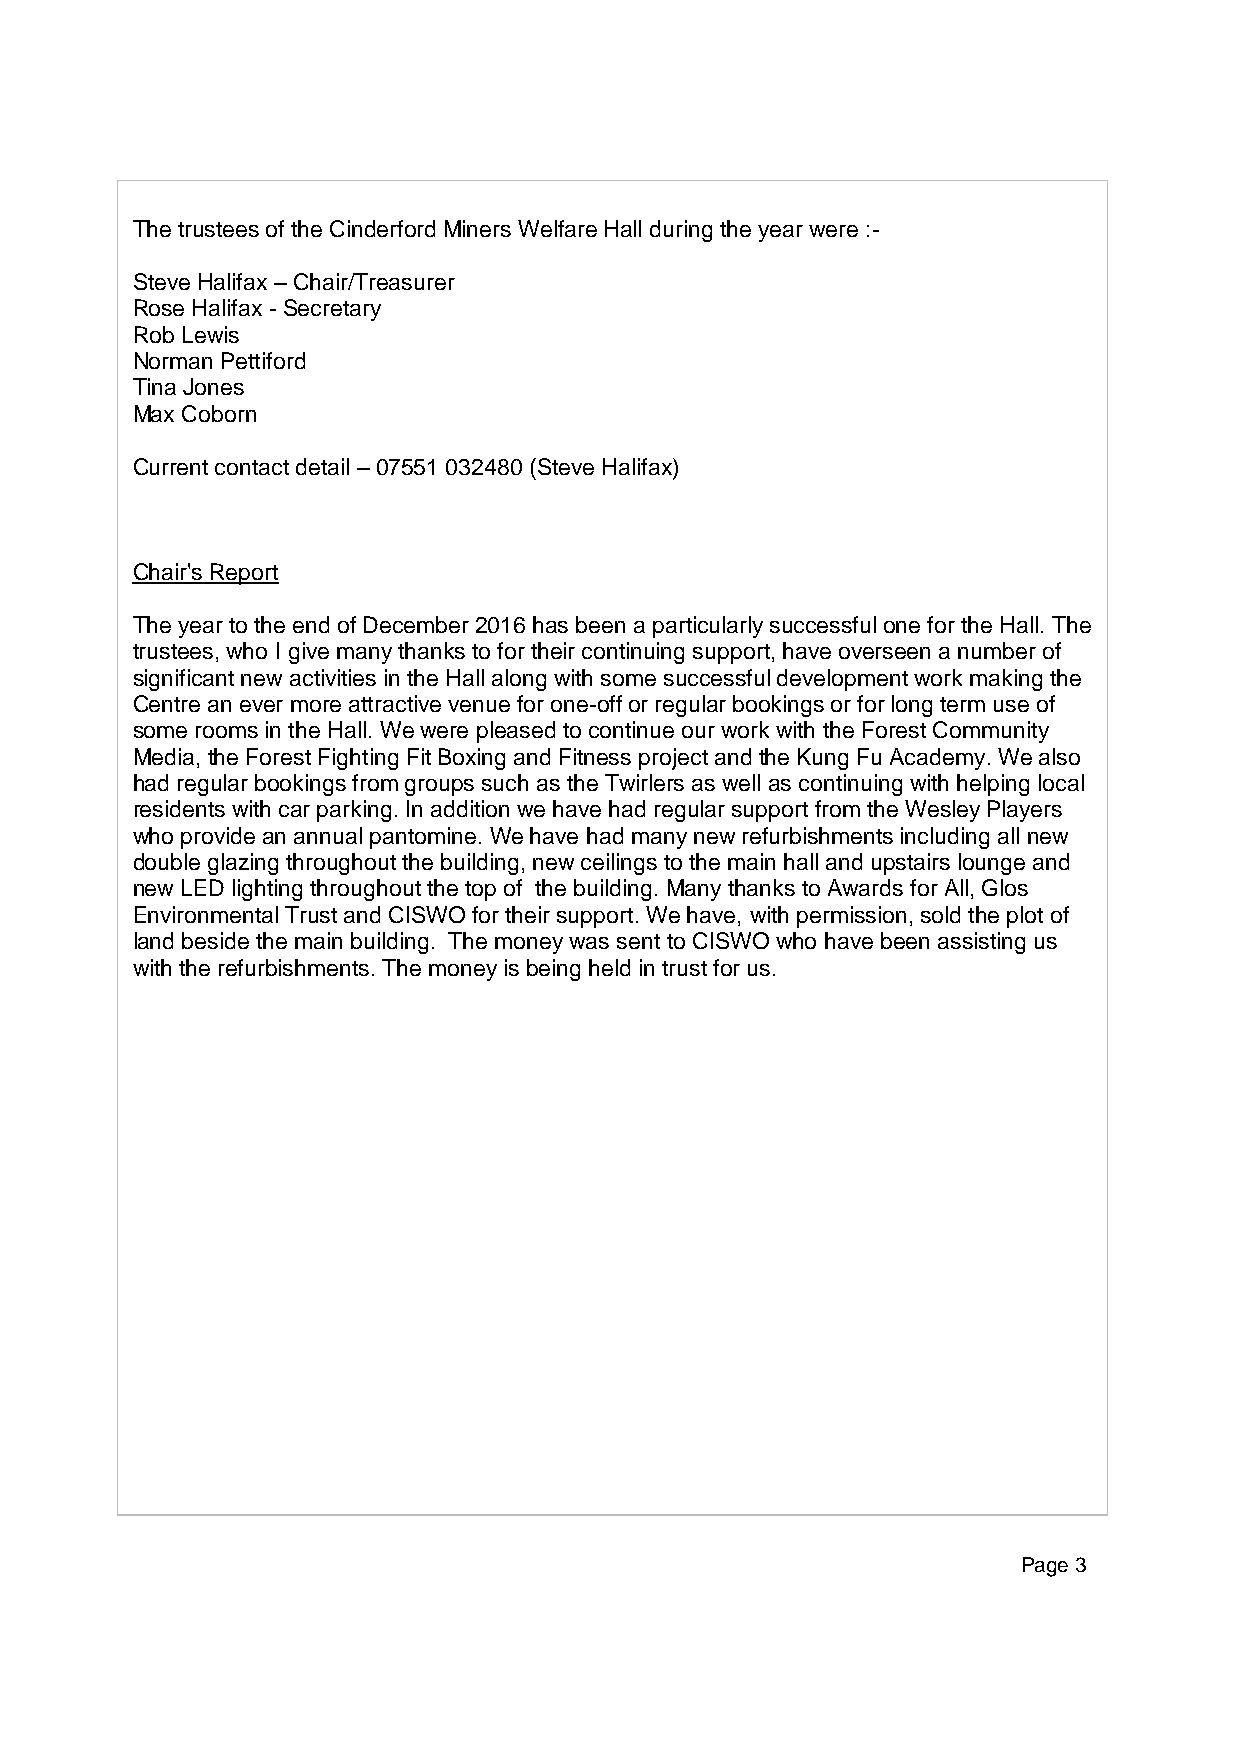
The trustees of the Cinderford Miners Welfare Hall during the year were :-
 Steve Halifax –Chair/Treasurer
 Rose Halifax - Secretary
 Rob Lewis
 Norman Pettiford
 Tina Jones
 Max Coborn
 Current contact detail –07551 032480 (Steve Halifax)
 Chair's Report
 The year to the end of December 2016 has been a particularly successful one for the Hall. The
 trustees, who I give many thanks to for their continuing support, have overseen a number of
 significant new activities in the Hall along with some successful development work making the
 Centre an ever more attractive venue for one-off or regular bookings or for long term use of
 some rooms in the Hall. We were pleased to continue our work with the Forest Community
 Media, the Forest Fighting Fit Boxing and Fitness project and the Kung Fu Academy. We also
 had regular bookings from groups such as the Twirlers as well as continuing with helping local
 residents with car parking. In addition we have had regular support from the Wesley Players
 who provide an annual pantomine. We have had many new refurbishments including all new
 double glazing throughout the building, new ceilings to the main hall and upstairs lounge and
 new LED lighting throughout the top of the building. Many thanks to Awards for All, Glos
 Environmental Trust and CISWO for their support. We have, with permission, sold the plot of
 land beside the main building. The money was sent to CISWO who have been assisting us
 with the refurbishments. The money is being held in trust for us.
 Page 3